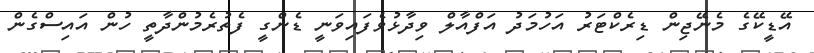
އޭޑީކޭގެ މެނޭޖިން ޑިރެކްޓަރު އަހުމަދު އަފްއާލް ވިދާޅުވެފައިވަނީ ޑެންގީ ފެތުރެމުންދާތީ ހުން އައިސްގެން